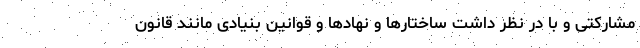
مشارکتی و با در نظر داشت ساختارها و نهادها و قوانین بنیادی مانند قانون